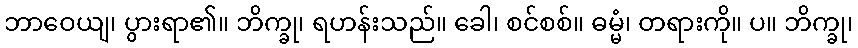
ဘာဝေယျ၊ ပွားရာ၏။ ဘိက္ခု၊ ရဟန်းသည်။ ခေါ၊ စင်စစ်။ ဓမ္မံ၊ တရားကို။ ပ။ ဘိက္ခု၊